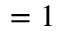
= 1